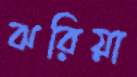
ঝরিয়া